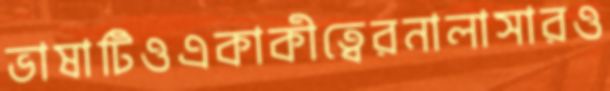
ভাষাটিওএকাকীত্বেরনালাসারও